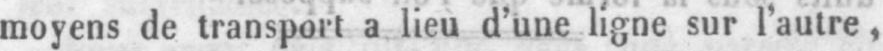
moyens de transport a lieu d’une ligne sur l’autre,